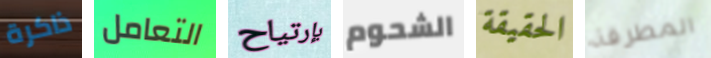
ذاكرة التعامل بإرتياح الشحوم الحقيقة المطرقة